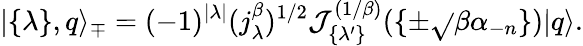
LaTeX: |\{ \lambda\} ,q\rangle_{\mp}=(-1)^{|\lambda|}(j_{\lambda}^{\beta})^{1/2}\mathcal{J}_{\{ \lambda^{\prime}\} }^{(1/\beta)}(\{ \pm\sqrt{}{{\beta}}\alpha_{-n}\} )|q\rangle.